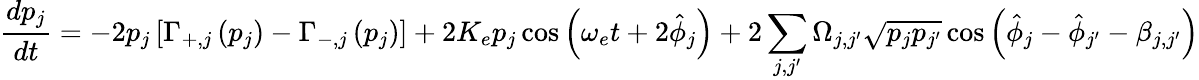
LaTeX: \frac{dp_{j}}{dt}=-2p_{j}\left[\Gamma_{+,j}\left(p_{j}\right)-\Gamma_{-,j}\left(p_{j}\right)\right]+2K_{e}p_{j}\cos\left(\omega_{e}t+2\hat{\phi}_{j}\right)+2\sum_{j,j^{\prime}}\Omega_{j,j^{\prime}}\sqrt{p_{j}p_{j^{\prime}}}\cos\left(\hat{\phi}_{j}-\hat{\phi}_{j^{\prime}}-\beta_{j,j^{\prime}}\right)